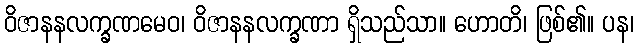
ဝိဇာနနလက္ခဏမေဝ၊ ဝိဇာနနလက္ခဏာ ရှိသည်သာ။ ဟောတိ၊ ဖြစ်၏။ ပန၊